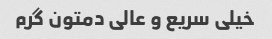
خیلی سریع و عالی دمتون گرم